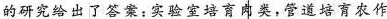
的研究给出了答案：实验室培育肉类，管道培育农作